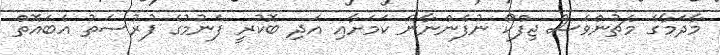
މާދަމާގެ މެޗުންވެސް ޖިފްކޯ ނުފެންނާނެ ކަމަށާއި އަދި ބޮކުރީ ފެނުމުގެ ފުރުސަތު އެބައޮތް